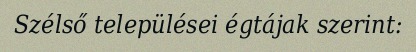
Szélső települései égtájak szerint: